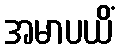
အမာပယိံ